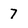
Character: 7